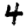
Digit: 4